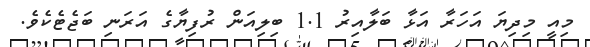
މިއީ މިދިޔަ އަހަރާ އަޅާ ބަލާއިރު 1.1 ބިލިއަން ރުފިޔާގެ އަރަނި ބަޖެޓެކެވެ.